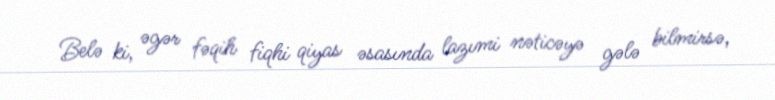
Belə ki, əgər fəqih fiqhi qiyas əsasında lazımi nəticəyə gələ bilmirsə,